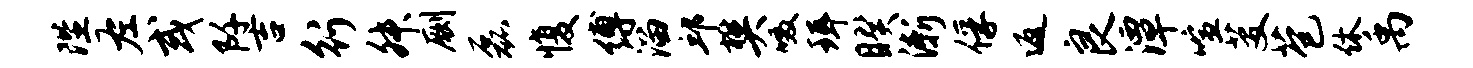
陛左或阡吉行舛劂磊愎缚溜邱樊啜珥睽渐俘返良潭喧芟苞休禹